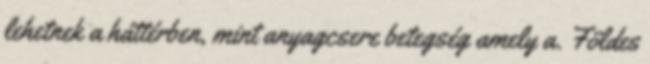
lehetnek a háttérben, mint anyagcsere betegség amely a. Földes